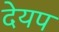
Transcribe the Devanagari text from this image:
देयप